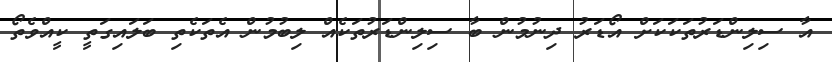
އާ ސިލިންޑަރުތަކަކަށް އޯޑަރު ދިނުމުން ބާ ސިލިންޑަރުތަކެއް ލިބުމުން އެތަކެތި ބަލައިގަތީ ކީއްވެތޯ